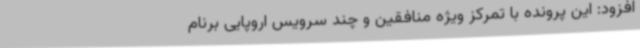
افزود: این پرونده با تمرکز ویژه منافقین و چند سرویس اروپایی برنام